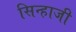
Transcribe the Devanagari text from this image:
सिन्हाजी